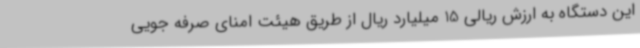
این دستگاه به ارزش ریالی 15 میلیارد ریال از طریق هیئت امنای صرفه جویی